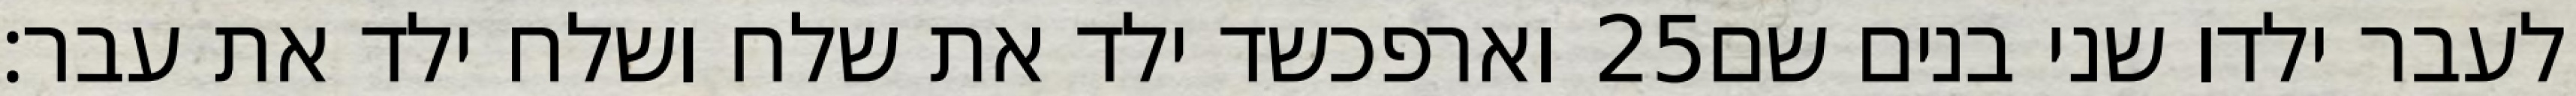
וארפכשד ילד את שלח ושלח ילד את עבר׃ ‎25‏ לעבר ילדו שני בנים שם